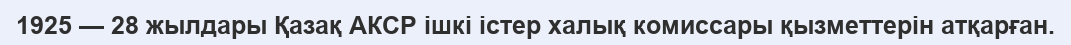
1925 — 28 жылдары Қазақ АКСР ішкі істер халық комиссары қызметтерін атқарған.